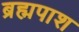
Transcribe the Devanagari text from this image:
ब्रह्मपाश